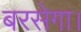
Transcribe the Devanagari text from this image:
बरसेगा।